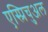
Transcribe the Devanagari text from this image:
एस्प्रिचुअल